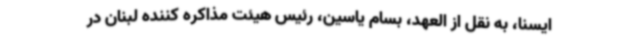
ایسنا، به نقل از العهد، بسام یاسین، رئیس هیئت مذاکره کننده لبنان در